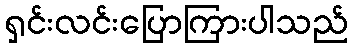
ရှင်းလင်းပြောကြားပါသည်